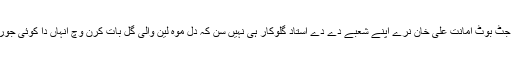
سوہنا تے جٹ بوٹ امانت علی خان نرے اپنے شعبے دے دے استاد گلوکار ہی نہیں سن کہ دل موہ لین والی گل بات کرن وچ انہاں دا کوئی جور نہیں سی۔